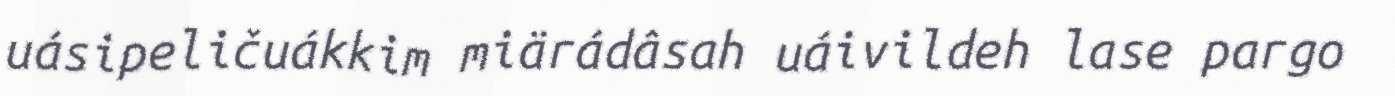
uásipeličuákkim miärádâsah uáivildeh lase pargo